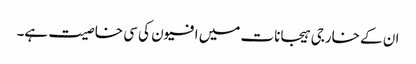
ان کے خارجی ہیجانات میں افیون کی سی خاصیت ہے۔